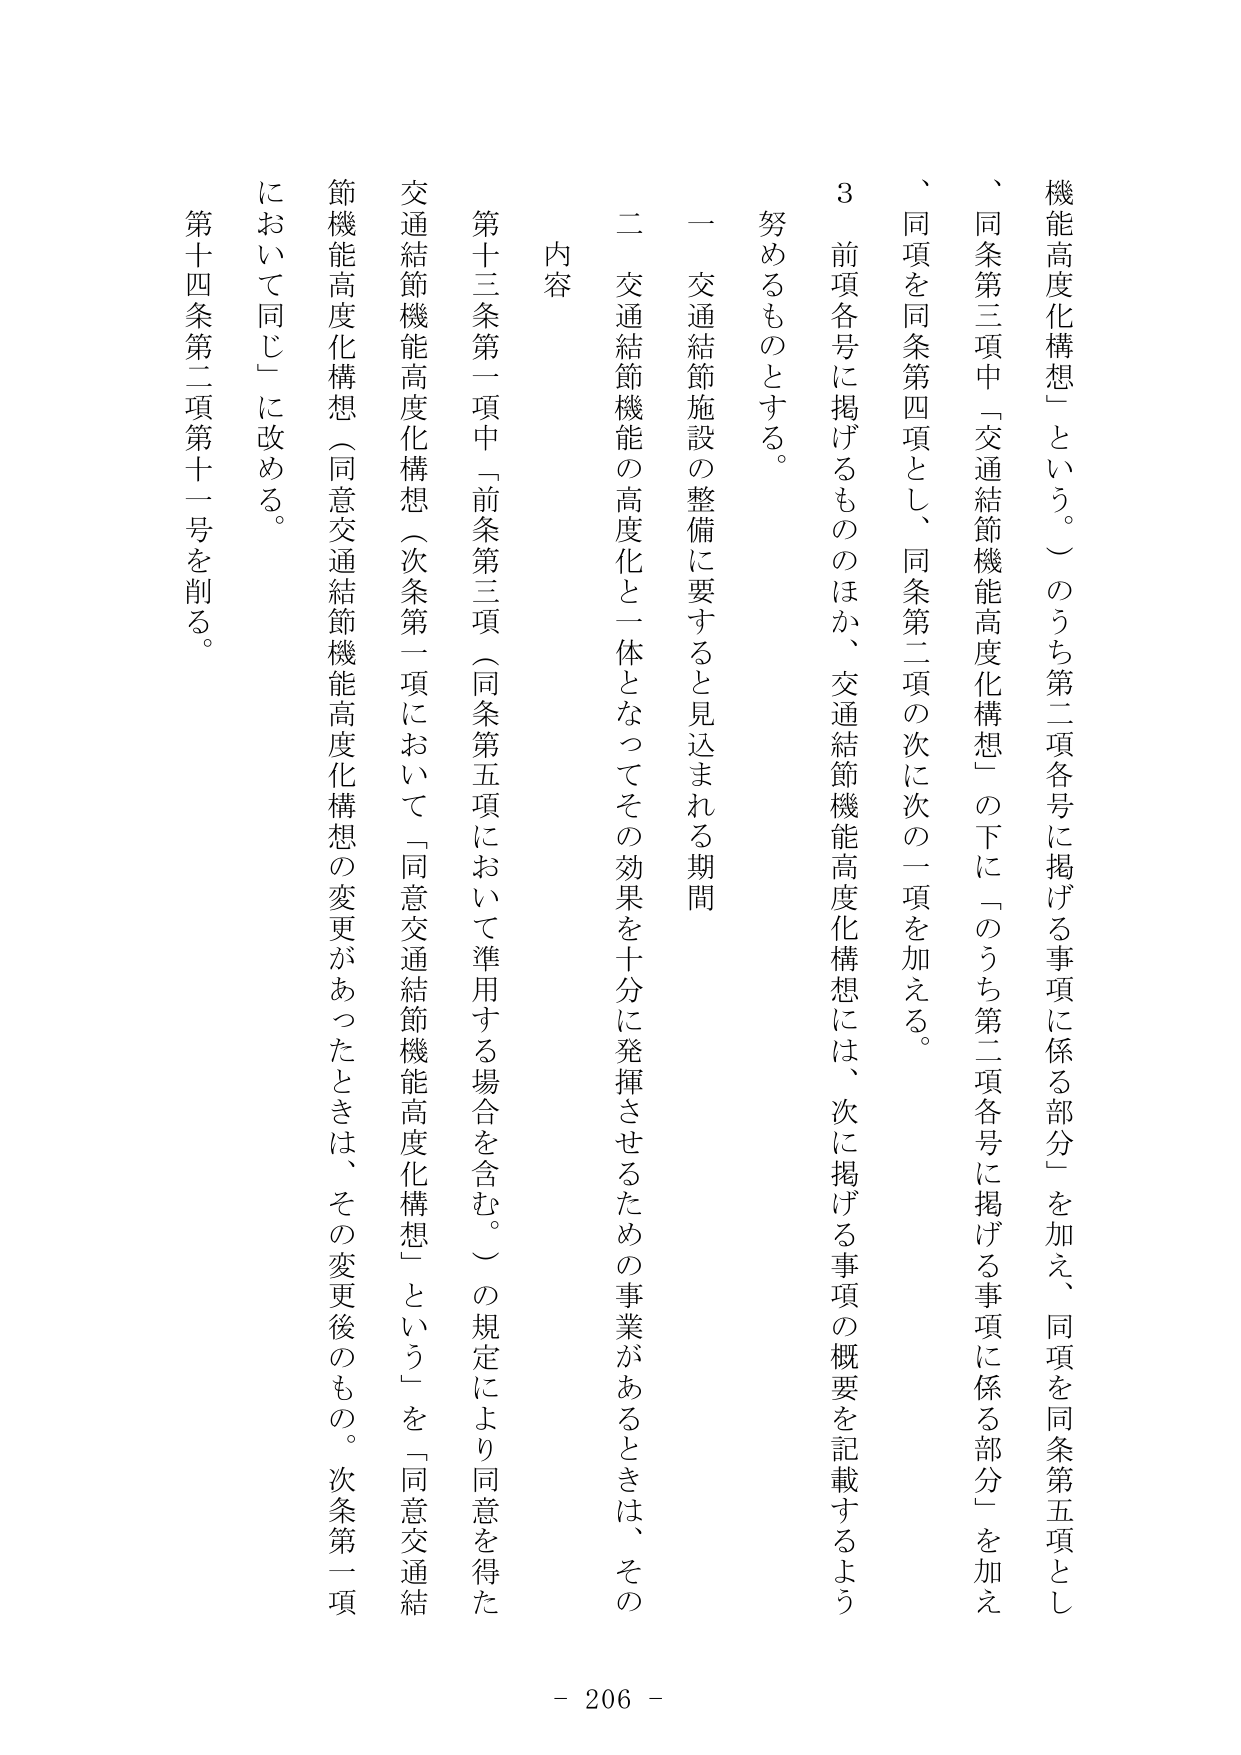
機能高度化構想」という。）のうち第二項各号に掲げる事項に係る部分」を加え、同項を同条第五項とし
、同条第三項中「交通結節機能高度化構想」の下に「のうち第二項各号に掲げる事項に係る部分」を加え
、同項を同条第四項とし、同条第二項の次に次の一項を加える。
3 前項各号に掲げるもののほか、交通結節機能高度化構想には、次に掲げる事項の概要を記載するよう
努めるものとする。
一 交通結節施設の整備に要すると見込まれる期間
二 交通結節機能の高度化と一体となってその効果を十分に発揮させるための事業があるときは、その
内容
第十三条第一項中「前条第三項（同条第五項において準用する場合を含む。）の規定により同意を得た
交通結節機能高度化構想（次条第一項において「同意交通結節機能高度化構想」という）を「同意交通結
節機能高度化構想（同意交通結節機能高度化構想の変更があったときは、その変更後のもの。次条第一項
において同じ）に改める。
第十四条第二項第十一号を削る。
- 206 -